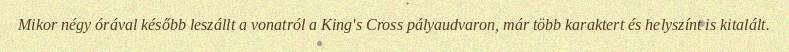
Mikor négy órával később leszállt a vonatról a King's Cross pályaudvaron, már több karaktert és helyszínt is kitalált.